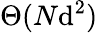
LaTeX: \Theta(N\mathrm{d}^{2})